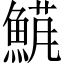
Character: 𬵘